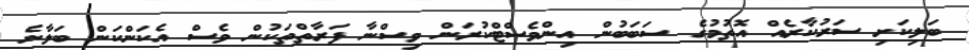
ބަލިކަށި ސަރުކާރެއް އޮތުމުގެ ސަބަބުން އިންވެސްޓްކުރަން ވިސްނާ ފަރާތްތަކުން ވެސް އެކަންކަން ބަލާނެ